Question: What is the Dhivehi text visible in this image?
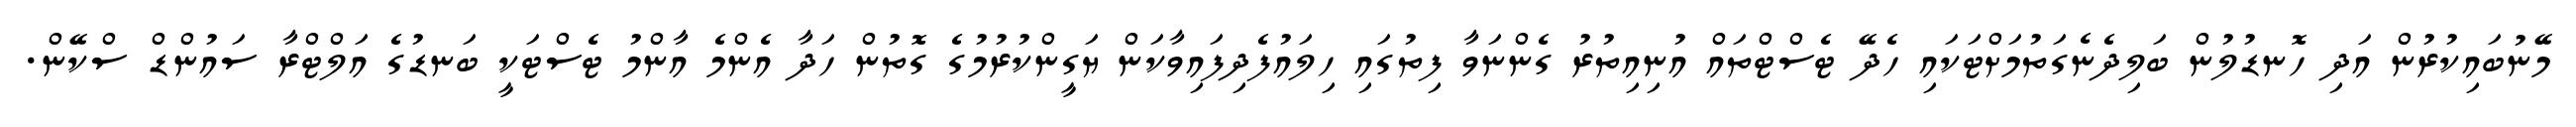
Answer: މޭނުބައިކުރުން އަދި ހޮނޑުލުން ބަލިދެނެގަތުމަށްޓަކައި ހެދޭ ޓެސްޓްތައް އުނިއިތުރު ގެންނަވާ ފިތުގައި ހިލައުފެދިފައިވާކަން ޔަގީންކުރުމުގެ ގޮތުން ހަދާ އެންމެ އާންމު ޓެސްޓަކީ ބަނޑުގެ އަލްޓްރާ ސައުންޑް ސްކޭން.